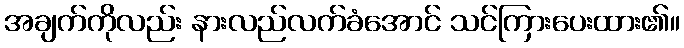
အချက်ကိုလည်း နားလည်လက်ခံအောင် သင်ကြားပေးထား၏။